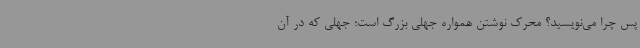
پس چرا می‌نویسید؟ محرک نوشتن همواره جهلی بزرگ است؛ جهلی که در آن